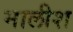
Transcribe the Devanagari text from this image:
मालीश